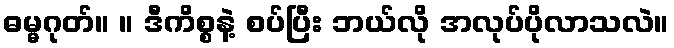
ဓမ္မဂုတ်။ ။ ဒီကိစ္စနဲ့ စပ်ပြီး ဘယ်လို အလုပ်ပိုလာသလဲ။